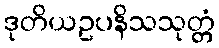
ဒုတိယဥပနိသသုတ္တံ